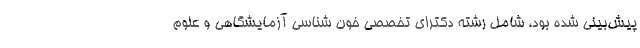
پیش‌بینی شده بود، شامل رشته دکترای تخصصی خون شناسی آزمایشگاهی و علوم